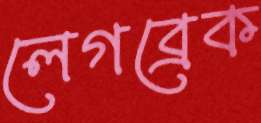
লেগব্রেক